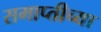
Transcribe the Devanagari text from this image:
समाप्‍तीच्या